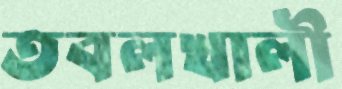
তবলখালী